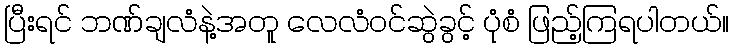
ပြီးရင် ဘဏ်ချလံနဲ့အတူ လေလံဝင်ဆွဲခွင့် ပုံစံ ဖြည့်ကြရပါတယ်။